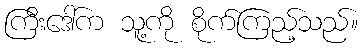
ကြီးဒေါ်က သူ့ကို စိုက်ကြည့်သည်။